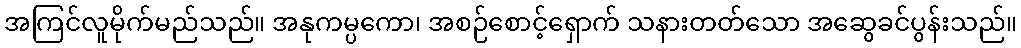
အကြင်လူမိုက်မည်သည်။ အနုကမ္ပကော၊ အစဉ်စောင့်ရှောက် သနားတတ်သော အဆွေခင်ပွန်းသည်။